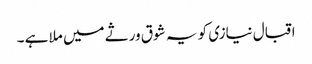
اقبال نیازی کو یہ شوق ورثے میں ملا ہے ۔